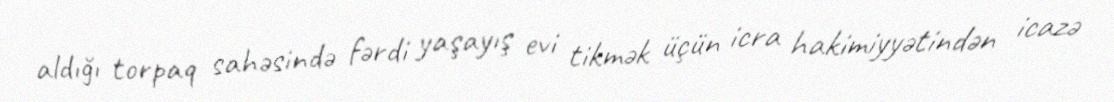
aldığı torpaq sahəsində fərdi yaşayış evi tikmək üçün icra hakimiyyətindən icazə